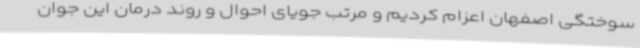
سوختگی اصفهان اعزام کردیم و مرتب جویای احوال و روند درمان این جوان